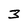
Character: 3